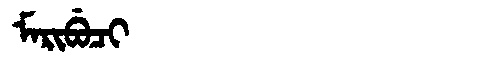
Manchu: ᠮᠠᡵᡳᠪᡠᠴᡳ
Romanization: MARIBUCI